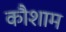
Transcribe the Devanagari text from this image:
कौशाम